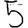
Digit: 5